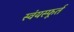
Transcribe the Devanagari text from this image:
स्वंयस्फूर्त